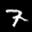
Label: 7